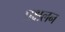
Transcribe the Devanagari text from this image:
प्रक्षलन